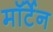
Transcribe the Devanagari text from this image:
मॉर्टेन